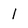
Character: 1